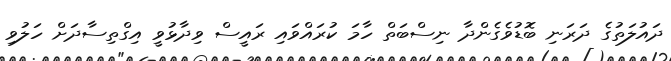
ދައުލަތުގެ ދަރަނި ބޮޑުވެގެންދާ ނިސްބަތް ހާމަ ކުރައްވައި ރައީސް ވިދާޅުވީ އިގްތިސާދަށް ހަލުވި